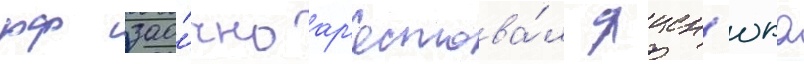
рф зао́чно ар'естова́л яцен'юка